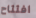
افتتاح